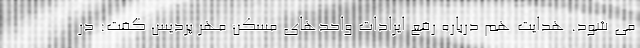
می شود. هدایت هم درباره رفع ایرادات واحدهای مسکن مهر پردیس گفت: در